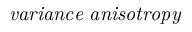
\it { v a r i a n c e \ a n i s o t r o p y }